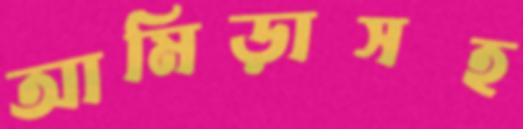
আমিড়াসহ